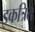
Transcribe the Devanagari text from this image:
इकत्रित